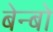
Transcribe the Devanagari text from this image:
बेन्बो